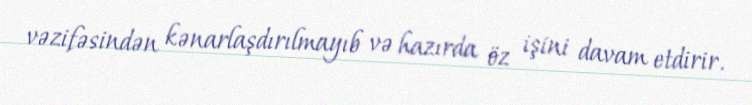
vəzifəsindən kənarlaşdırılmayıb və hazırda öz işini davam etdirir.